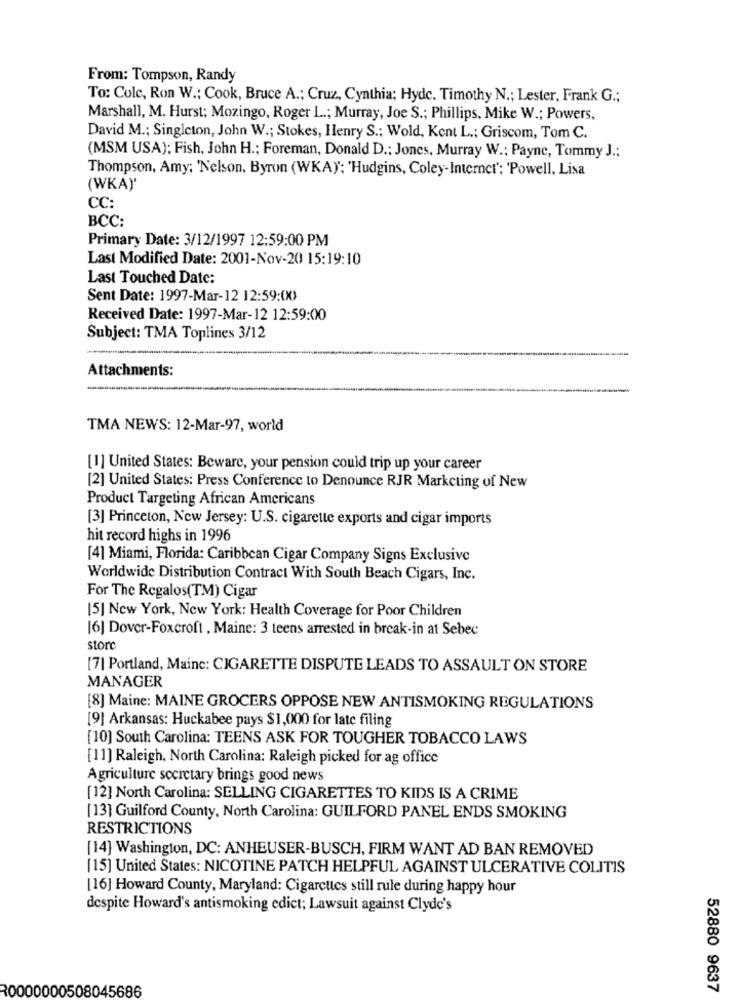
From: Tompson, Randy
To: Colc, Ron W .; Cook, Bruce A .; Cruz, Cynthia; Hyde. Timothy N .; Lester, Frank G .;
Marshall, M. Hurst; Mozingo, Roger L .; Murray, Joe S .; Phillips, Mike W .; Powers,
David M .; Singleton, John W .; Stokes, Henry S .; Wold, Kent L .; Griscom, Tom C.
(MSM USA): Fish, John H .; Foreman, Donald D .; Jones, Murray W .: Payne, Tommy J .;
Thompson, Amy; 'Nelson, Byron (WKA): 'Hudgins, Coley-Internet'; 'Powell, Lisa
(WKA)'
CC:
BCC:
Primary Date: 3/12/1997 12:59:00 PM
Last Modified Date: 2001-Nov-20 15:19:10
Last Touched Date:
Sent Date: 1997-Mar-12 12:59:(X)
Received Date: 1997-Mar-12 12:59:00
Subject: TMA Toplines 3/12
-
Attachments:
TMA NEWS: 12-Mar-97, world
[1] United States: Beware, your pension could trip up your career
[2] United States: Press Conference to Denounce RJR Marketing of New
Product Targeting African Americans
[3] Princeton, New Jersey: U.S. cigarette exports and cigar imports
hit record highs in 1996
[4] Miami, Florida: Caribbean Cigar Company Signs Exclusive
Worldwide Distribution Contract With South Beach Cigars, Inc.
For The Regalos(TM) Cigar
[5] New York, New York: Health Coverage for Poor Children
[6] Dover-Foxcroft , Maine: 3 teens arrested in break-in at Sebec
store
[7] Portland, Mainc: CIGARETTE DISPUTE LEADS TO ASSAULT ON STORE
MANAGER
[8] Maine: MAINE GROCERS OPPOSE NEW ANTISMOKING REGULATIONS
[9] Arkansas: Huckabee pays $1,000 for late filing
[10] South Carolina: TEENS ASK FOR TOUGHER TOBACCO LAWS
[11] Raleigh, North Carolina: Raleigh picked for ag office
Agriculture secretary brings good news
[12] North Carolina: SELLING CIGARETTES TO KIDS IS A CRIME
[13] Guilford County, North Carolina: GUILFORD PANEL ENDS SMOKING
RESTRICTIONS
[14] Washington, DC: ANHEUSER-BUSCH, FIRM WANT AD BAN REMOVED
[15] United States: NICOTINE PATCH HELPFUL AGAINST ULCERATIVE COLITIS
[16] Howard County, Maryland: Cigarettes still rule during happy hour
despite Howard's antismoking edict; Lawsuit against Clyde's
R0000000508045686
52880 9637